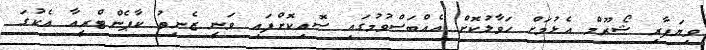
ވިޔަފާރި ޝޯރޫމް އެޅުމަށް ހަވާލުކޮށް އެއްބަސްވުމުގައި ސޮއިކޮށްފައި ވަނީ ޒެނިތު ކާޕެންޓްރީއާ އެކުގަ